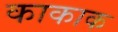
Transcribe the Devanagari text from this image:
काकाक